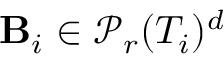
\mathbf { B } _ { i } \in \mathcal { P } _ { r } ( T _ { i } ) ^ { d }